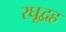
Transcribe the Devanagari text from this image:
रघूद्वह